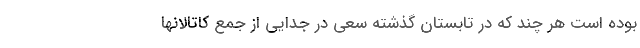
بوده است هر چند که در تابستان گذشته سعی در جدایی از جمع کاتالانها